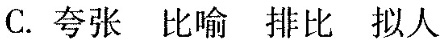
C. 夸张 比喻 排比 拟人